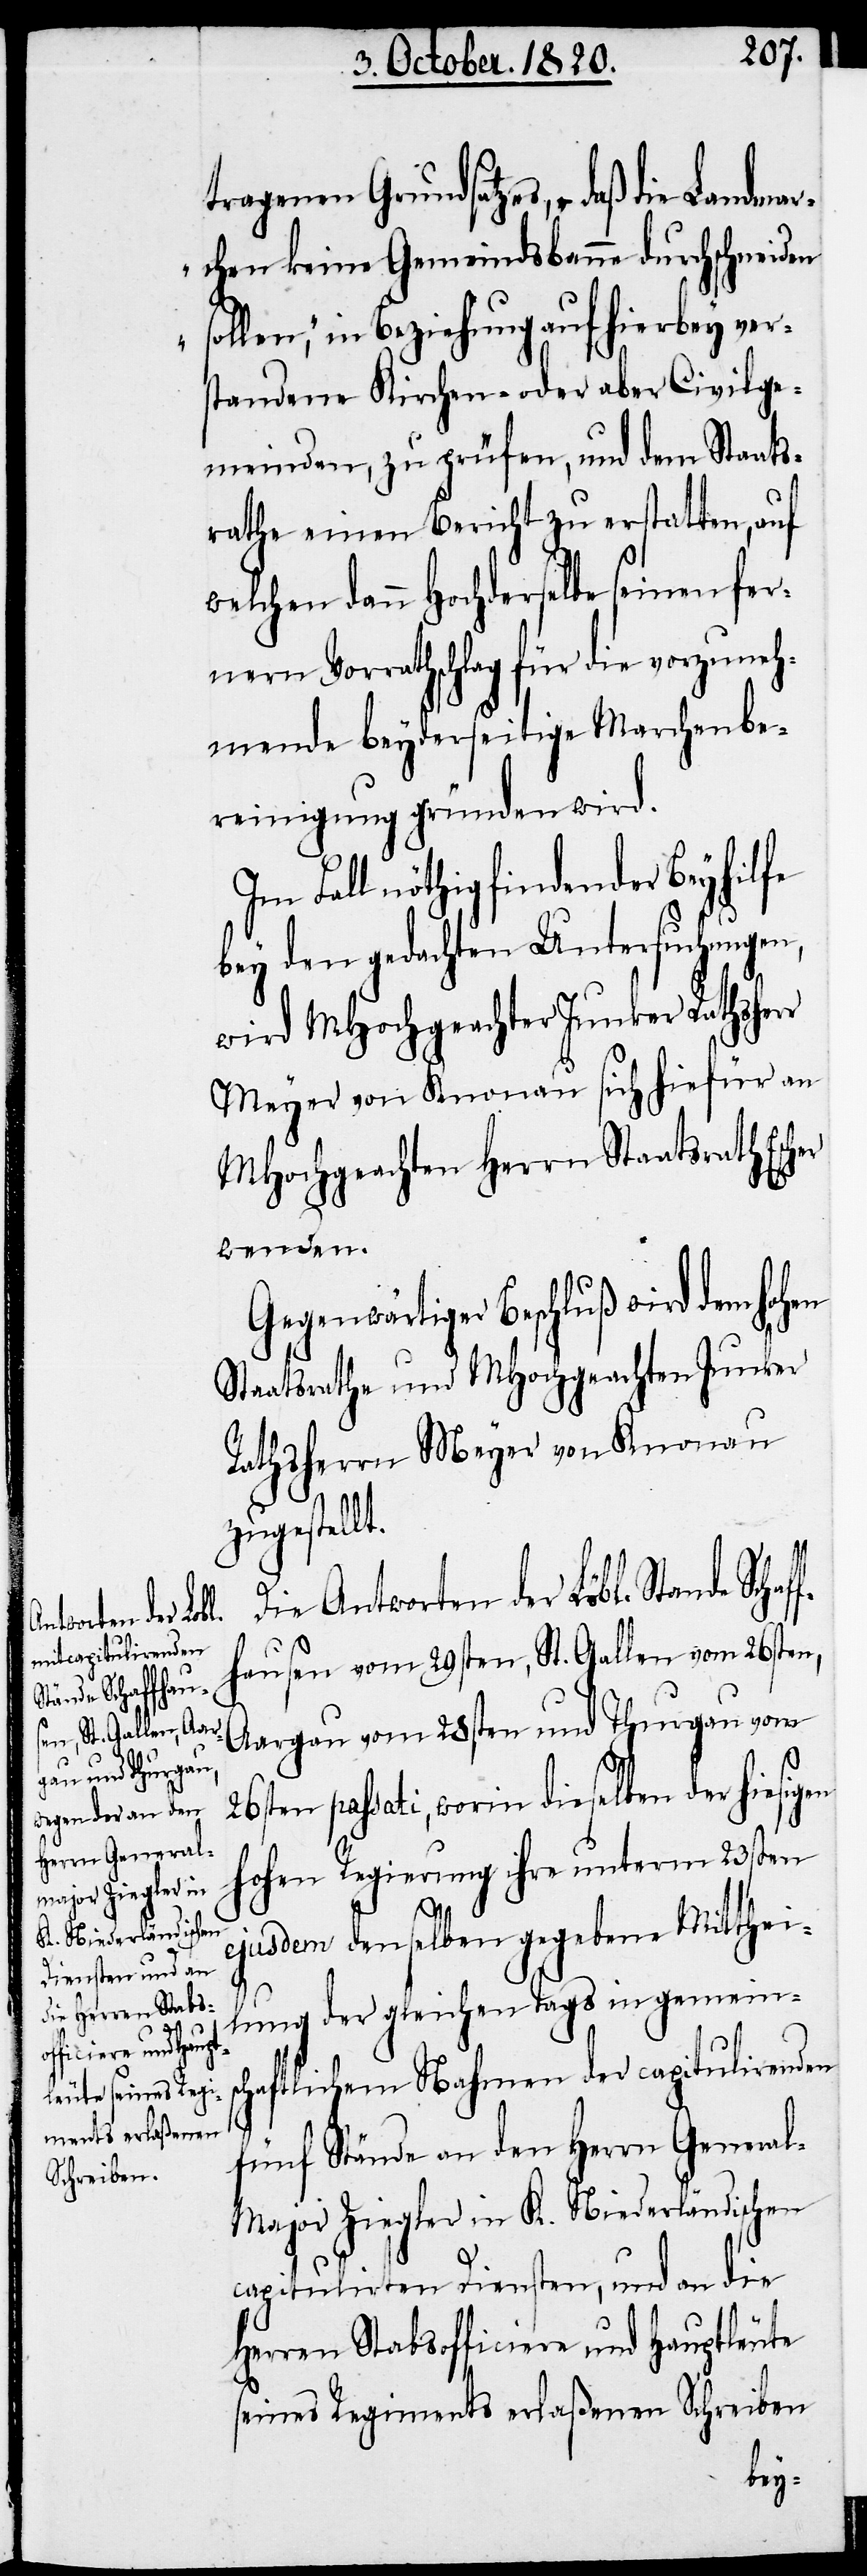
nde Schaff¬

tragenen Grundsatzes, „daß die Landma¬
rchen keine Gemeindsbanne durchschneiden
in Beziehung aufhierbey ver¬
standene Kirchen- oder aber Civilge¬
meinden, zu prüfen, und dem Staats¬
rathe einen Bericht zu erstatten, auf
welchen dann Hochderselbe seinen fer¬
nern Vorrathschlag für die vorzuneh¬
mende beyderseitige Marchenbe¬
reinigung gründen wird.
Im Fall nöthig findender Beyhilfe
bey den gedachten Untersuchungen,
wird MHochgeachter Junker Rathsherr
Meyer von Knonau sich hiefür an
MHochgeachten Herrn Staatsrath
wenden.
Gegenwärtiger Beschluß wird dem hohen
Staatsrathe und Mhochgeachten Junker
Rathsherrn Meyer von Knonau
zugestellt.
Die Antworten der Löbl. Sta¬
hausen vom 29sten, St. Gallen vom 26sten,
Aargau vom 28sten und Thurgau vom
26sten passati, worin dieselben der hiesigen
hohen Regierung ihre unterm 23sten
ejusdem denselben gegebene Mitthei¬
lung der gleichen Tags in gemeinsc¬
haftlichem Nahmen der capitulirenden
fünf Stände an den Herrn Genera¬
l-Major Ziegler in K. Niederländischen
capitulirten Diensten, und an die
Herren Stabsofficiere und Hauptleute
seines Regiments erlaßenen Schreiben